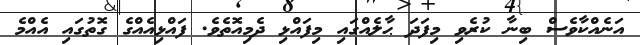
އަނެއްކާވެސް ބިނާ ކުރެވި މިފަދަ ޙާލެއްގައި މިފައްޅި ދެމިއޮތެވެ. ފައްޅިއެއްގެ ގޮތުގައި އެއްމެ